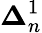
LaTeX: \mathbf{\Delta}_{n}^{1}